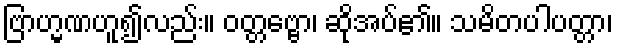
ဗြာဟ္မဏဟူ၍လည်း။ ဝတ္တဗ္ဗော၊ ဆိုအပ်၏။ သမိတပါပတ္တာ၊